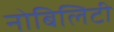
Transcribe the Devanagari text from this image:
नोबिलिटी